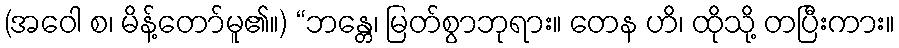
(အဝေါ စ၊ မိန့်တော်မူ၏။) “ဘန္တေ၊ မြတ်စွာဘုရား။ တေန ဟိ၊ ထိုသို့ တပြီးကား။